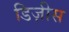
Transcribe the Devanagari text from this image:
डिज़ीस